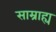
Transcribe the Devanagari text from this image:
साम्राह्य